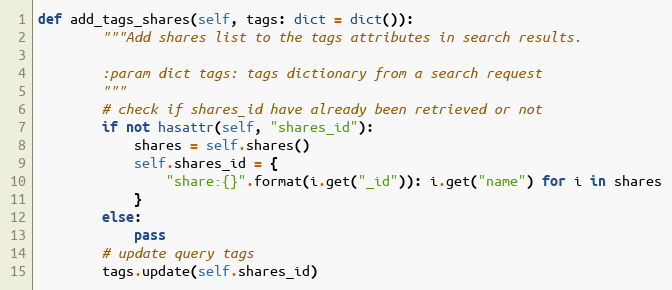
Language: Python
def add_tags_shares(self, tags: dict = dict()):
        """Add shares list to the tags attributes in search results.

        :param dict tags: tags dictionary from a search request
        """
        # check if shares_id have already been retrieved or not
        if not hasattr(self, "shares_id"):
            shares = self.shares()
            self.shares_id = {
                "share:{}".format(i.get("_id")): i.get("name") for i in shares
            }
        else:
            pass
        # update query tags
        tags.update(self.shares_id)